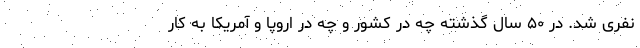
نفری شد. در ۵۰ سال گذشته چه در کشور و چه در اروپا و آمریکا به کار